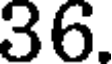
36.